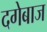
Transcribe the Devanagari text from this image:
दगेबाज